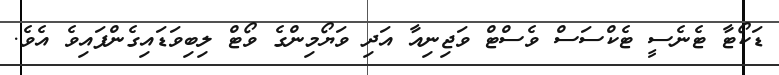
ޑަކޯޓާ ޓެނެސީ ޓެކްސަސް ވެސްޓް ވަޖިނިއާ އަދި ވަޔޯމިންގެ ވޯޓް ލިބިވަޑައިގެންފައިވެ އެވެ.